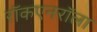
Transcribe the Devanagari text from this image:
राॅकएनराॅला